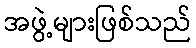
အဖွဲ့များဖြစ်သည်